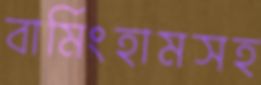
বার্মিংহামসহ